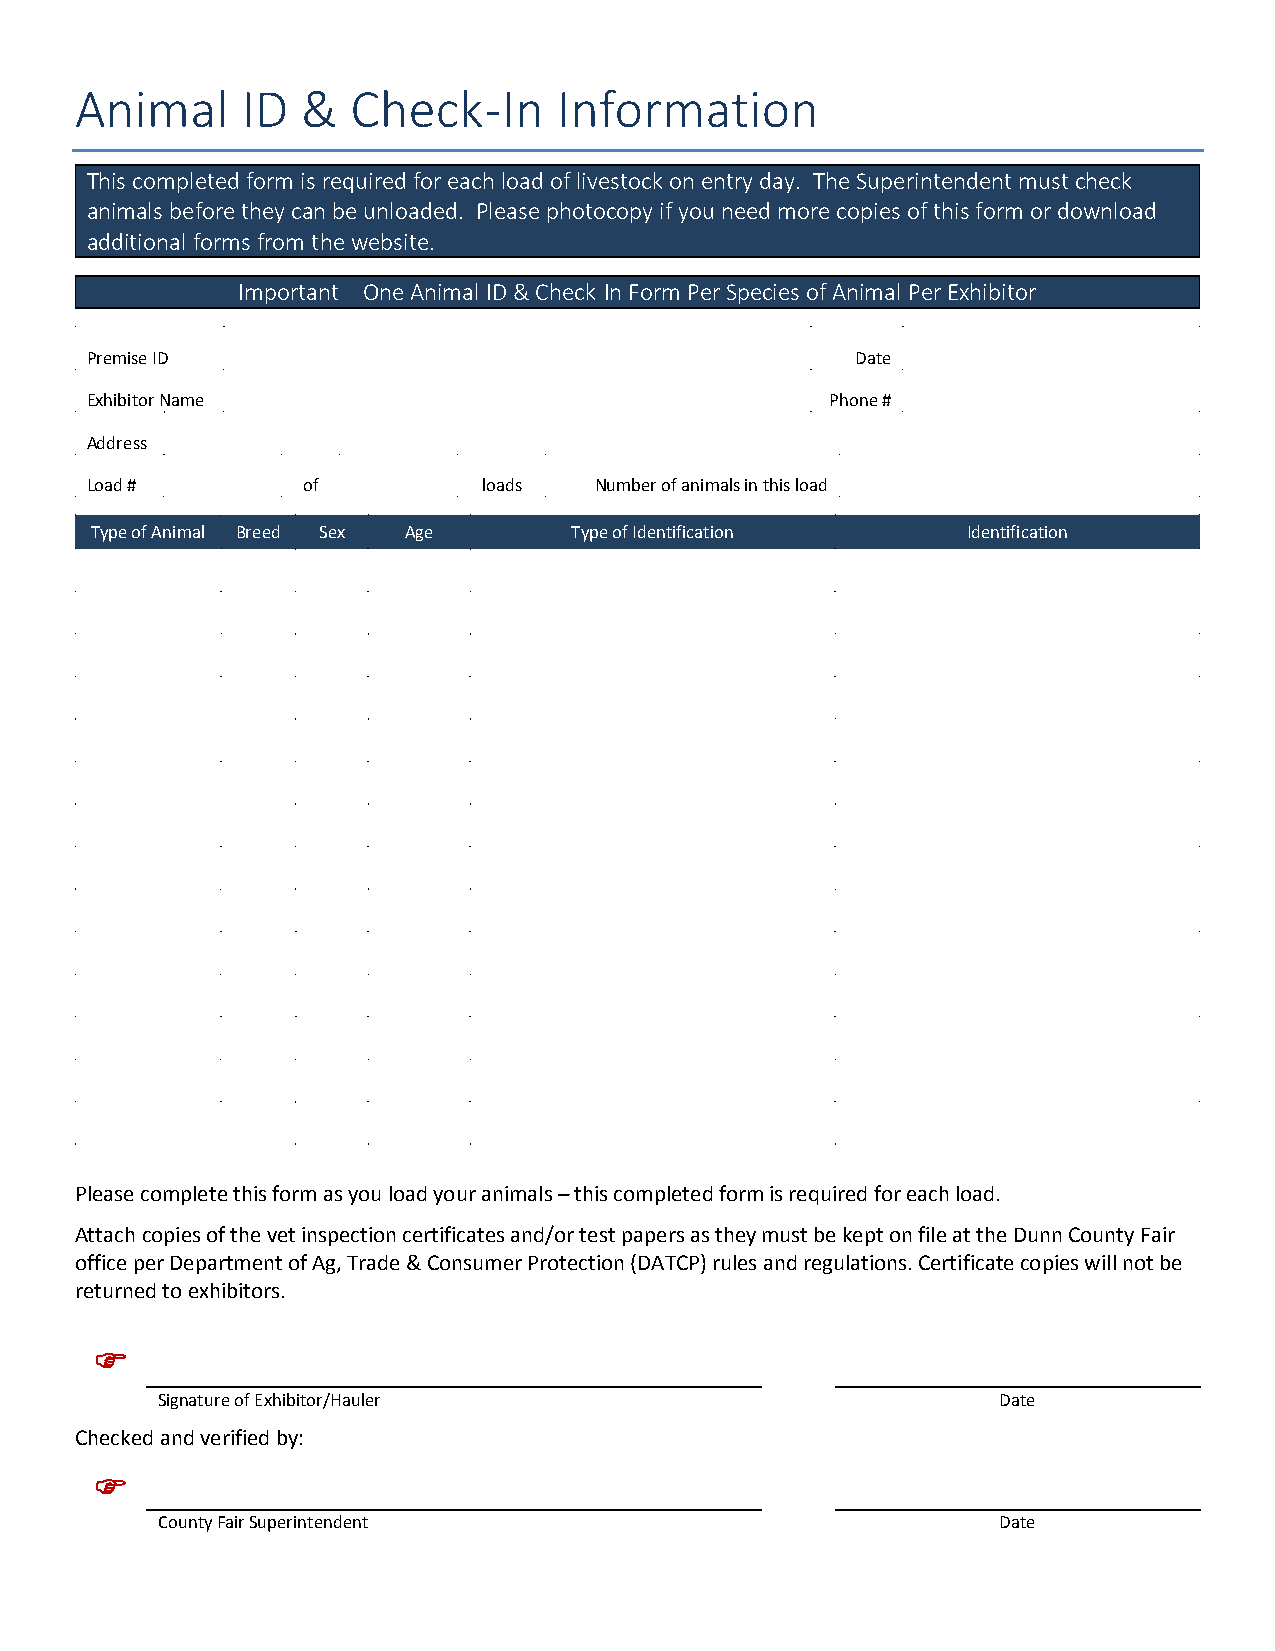
Animal     ID  &  Check-In      Information
 This completed form is required for each load of livestock on entry day. The Superintendent must check
 animals before they can be unloaded. Please photocopy if you need more copies of this form or download
 additional forms from the website.
 Important – One Animal ID & Check-In Form Per Species of Animal Per Exhibitor
 Premise ID                                         Date
 Exhibitor Name                                   Phone #
 Address
 Load #        of          loads  Number of animals in this load
 Type of Animal Breed Sex Age    Type of Identification    Identification
 Please complete this form as you load your animals – this completed form is required for each load.
 Attach copies of the vet inspection certificates and/or test papers as they must be kept on file at the Dunn County Fair
 office per Department of Ag, Trade & Consumer Protection (DATCP) rules and regulations. Certificate copies will not be
 returned to exhibitors.
 
 Signature of Exhibitor/Hauler                           Date
 Checked and verified by:
 
 County Fair Superintendent                              Date